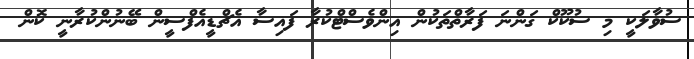
ސުވާލަކީ މި ސުކޫކް ގަންނަ ފަރާތްތަކުން އިންވެސްޓްކުރާ ފައިސާ އެޗްޑީއެފްސީން ބޭނުންކުރާނީ ކޮން